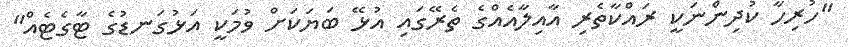
"ހުރިހާ ކުދިންނަކީ ރައްކާތެރި އާއިލާއެއްގެ ތެރޭގައި އުޅޭ ބަޔަކަށް ވުމަކީ އަޅުގަނޑުގެ ޓާގެޓެއް"